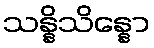
သန္နိသိန္နော